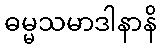
ဓမ္မသမာဒါနာနိ